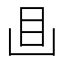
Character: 𥃬